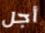
أجل